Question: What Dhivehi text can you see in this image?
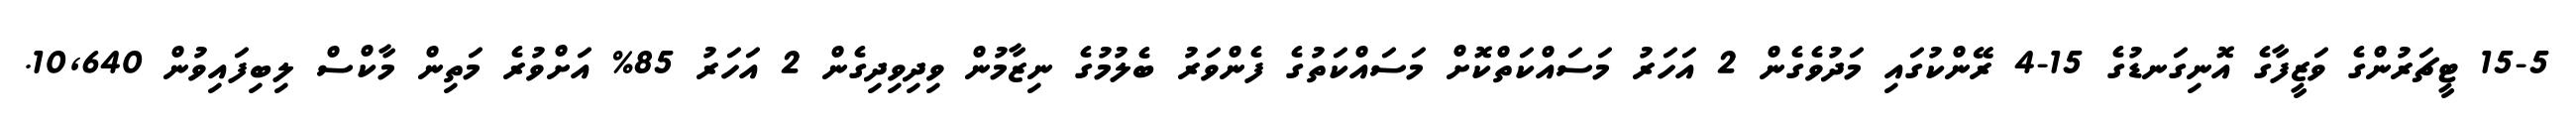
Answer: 15-5 ޓީޗަރުންގެ ވަޒީފާގެ އޮނިގަނޑުގެ 15-4 ރޭންކުގައި މަދުވެގެން 2 އަހަރު މަސައްކަތްކޮށް މަސައްކަތުގެ ފެންވަރު ބެލުމުގެ ނިޒާމުން ވިދިވިދިގެން 2 އަހަރު 85% އަށްވުރެ މަތިން މާކްސް ލިބިފައިވުން 10,640.